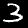
Label: 3